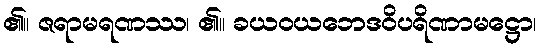
၏။ ဇရာမရဏဿ၊ ၏။ ခယဝယဘေဒဝိပရိဏာမဋ္ဌော၊